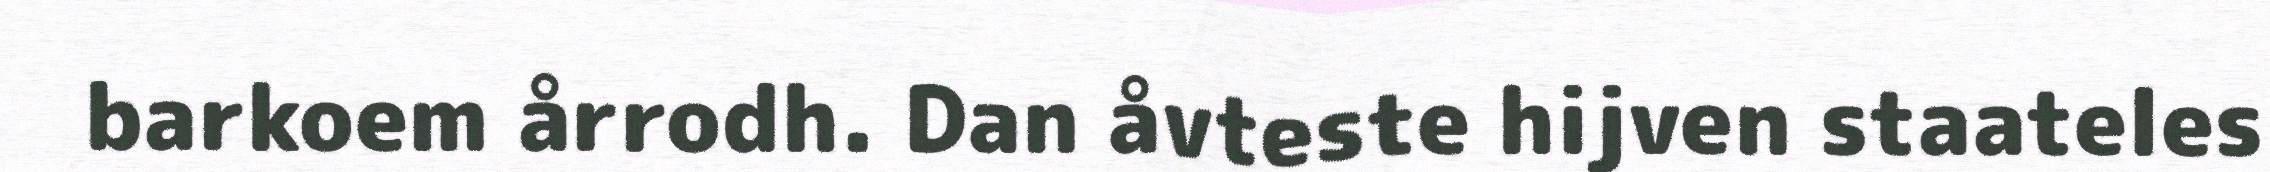
barkoem årrodh. Dan åvteste hijven staateles